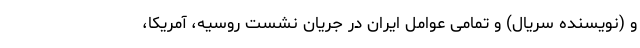
و (نویسنده سریال) و تمامی عوامل ایران در جریان نشست روسیه، آمریکا،